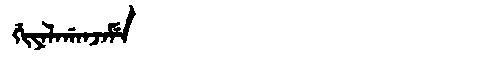
Manchu: ᡤᡳᠶᠠᠯᠠᡤᠠᠨᠵᠠᠮᡝ
Romanization: GIYALAGANJAME